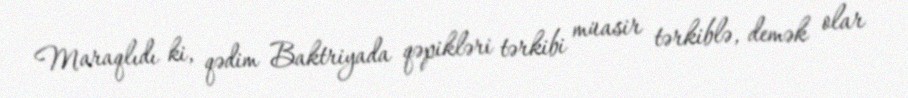
Maraqlıdı ki, qədim Baktriyada qəpikləri tərkibi müasir tərkiblə, demək olar